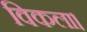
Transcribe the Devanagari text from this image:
विकला।